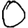
Digit: 0